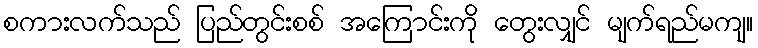
စကားလက်သည် ပြည်တွင်းစစ် အကြောင်းကို တွေးလျှင် မျက်ရည်မကျ။